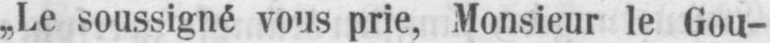
„Le soussigné vous prie, Monsieur le Gou-